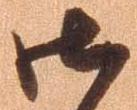
御